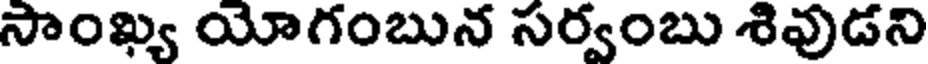
సాంఖ్య యోగంబున సర్వంబు శివుడని